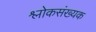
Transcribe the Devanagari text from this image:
श्लोकसंख्यक